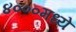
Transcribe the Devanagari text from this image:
४०००मध्ये